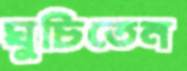
ঘুচিতেন